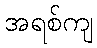
အရစ်ကျ